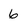
Character: 6